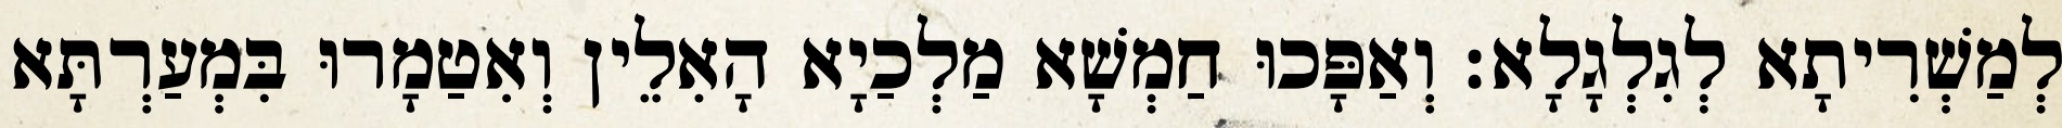
לְמַשְׁרִיתָא לְגִלְגָלָא׃ וְאַפָּכוּ חַמְשָׁא מַלְכַיָא הָאִלֵין וְאִטַמָרוּ בִּמְעַרְתָּא